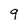
Character: 9